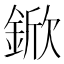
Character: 鍁